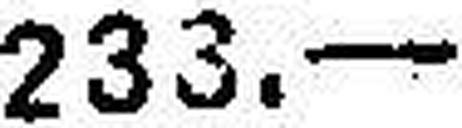
233.—